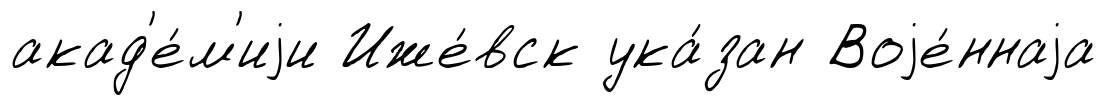
акад'е́м'иjи Иже́вск ука́зан Воjе́ннаjа